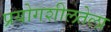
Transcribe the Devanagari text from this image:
प्रयोगशीलतेला